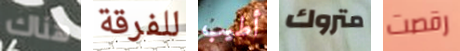
هناك للفرقة أطيب متروك رقصت